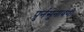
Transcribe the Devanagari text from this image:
पुर्नसुनावणी